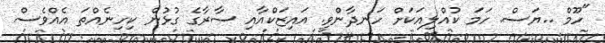
"ހޫމް ..ޔަސް. ހަމަ ކުއްލިއަކަށް ހަނދާންވީ. އައިޒަކްއާއި ސާރާގެ ގުޅުން ކިހިނެއްތަ އެއްވެސް